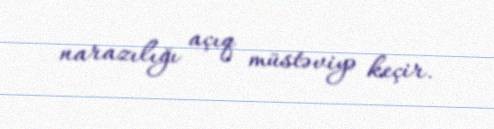
narazılığı açıq müstəviyə keçir.